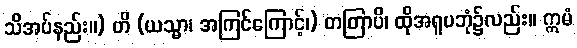
သိအပ်နည်း။) ဟိ (ယသ္မာ၊ အကြင်ကြောင့်၊) တတြာပိ၊ ထိုအရူပဘုံ၌လည်း။ ဣမံ